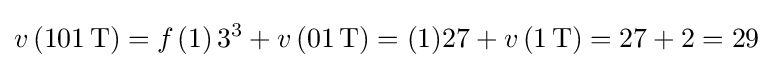
v\left(101\operatorname {T} \right)=f_{}\left(1\right)3^{3}+v\left(01\operatorname {T} \right)=(1)27+v\left(1\operatorname {T} \right)=27+2=29